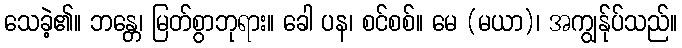
သေခဲ့၏။ ဘန္တေ၊ မြတ်စွာဘုရား။ ခေါ ပန၊ စင်စစ်။ မေ (မယာ)၊ အကျွန်ုပ်သည်။